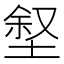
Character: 𪣶